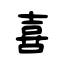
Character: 喜